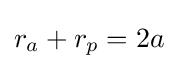
r_{a}+r_{p}=2a